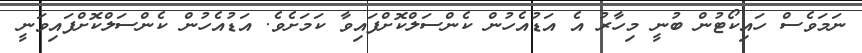
ނަމަވެސް ހައިކޯޓުން ބުނީ މިހާރު އެ އަޑުއެހުން ކެންސަލްކޮށްފައިވާ ކަމަށެވެ. އަޑުއެހުން ކެންސަލްކޮށްފައިވަނީ